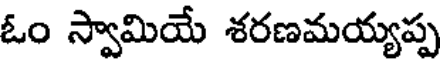
ఓం స్వామియే శరణమయ్యప్ప